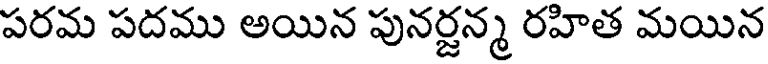
పరమ పదము అయిన పునర్జన్మ రహిత మయిన